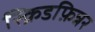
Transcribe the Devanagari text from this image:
स्क्रिडफ़िन्नर